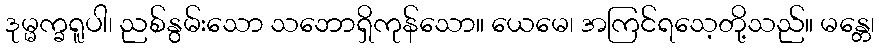
ဒုမ္မက္ခရူပါ၊ ညစ်နွမ်းသော သဘောရှိကုန်သော။ ယေမေ၊ အကြင်ရသေ့တို့သည်။ မန္တေ၊